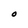
Character: O